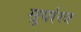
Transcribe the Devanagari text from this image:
सुर्यास्त्र